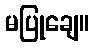
မပြုချေ။